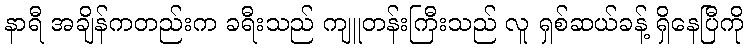
နာရီ အချိန်ကတည်းက ခရီးသည် ကျူတန်းကြီးသည် လူ ရှစ်ဆယ်ခန့် ရှိနေပြီကို